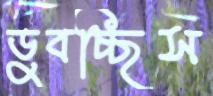
ডুবচ্ছিস